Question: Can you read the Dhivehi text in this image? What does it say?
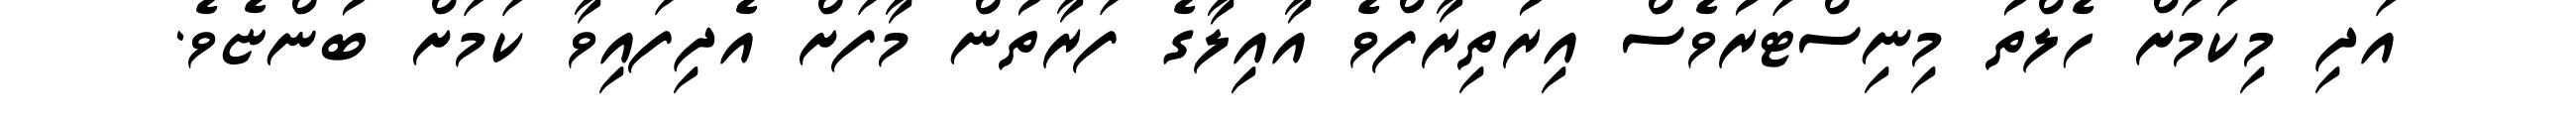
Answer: އަދި މިކަމަށް ހެލްތު މިނިސްޓަރުވެސް އިރުތިރާފްވެ އާއިލާގެ ފަރާތުން މާފަށް އެދިފައިވާ ކަމަށް ބުންޏެވެ.